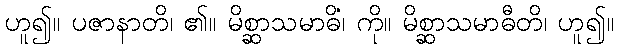
ဟူ၍။ ပဇာနာတိ၊ ၏။ မိစ္ဆာသမာဓိံ၊ ကို။ မိစ္ဆာသမာဓီတိ၊ ဟူ၍။